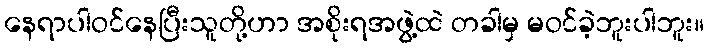
နေရာပါဝင်နေပြီးသူတို့ဟာ အစိုးရအဖွဲ့ထဲ တခါမှ မဝင်ခဲ့ဘူးပါဘူး။